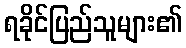
ရခိုင်ပြည်သူများ၏